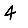
Digit: 4